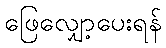
ဖြေလျှော့ပေးရန်